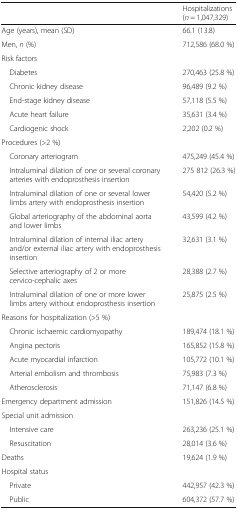
|  | Hospitalizations (n = 1,047,329) |
 | --- | --- |
 | Age (years), mean (SD) | 66.1 (13.8) |
 | Men, n (%) | 712,586 (68.0 %) |
 | <COLSPAN=2> Risk factors |
 | Diabetes | 270,463 (25.8 %) |
 | Chronic kidney disease | 96,489 (9.2 %) |
 | End-stage kidney disease | 57,118 (5.5 %) |
 | Acute heart failure | 35,631 (3.4 %) |
 | Cardiogenic shock | 2,202 (0.2 %) |
 | <COLSPAN=2> Procedures (>2 %) |
 | Coronary arteriogram | 475,249 (45.4 %) |
 | Intraluminal dilation of one or several coronary arteries with endoprosthesis insertion | 275 812 (26.3 %) |
 | Intraluminal dilation of one or several lower limbs artery with endoprosthesis insertion | 54,420 (5.2 %) |
 | Global arteriography of the abdominal aorta and lower limbs | 43,599 (4.2 %) |
 | Intraluminal dilation of internal iliac artery and/or external iliac artery with endoprosthesis insertion | 32,631 (3.1 %) |
 | Selective arteriography of 2 or more cervico-cephalic axes | 28,388 (2.7 %) |
 | Intraluminal dilation of one or more lower limbs artery without endoprosthesis insertion | 25,875 (2.5 %) |
 | <COLSPAN=2> Reasons for hospitalization (>5 %) |
 | Chronic ischaemic cardiomyopathy | 189,474 (18.1 %) |
 | Angina pectoris | 165,852 (15.8 %) |
 | Acute myocardial infarction | 105,772 (10.1 %) |
 | Arterial embolism and thrombosis | 75,983 (7.3 %) |
 | Atherosclerosis | 71,147 (6.8 %) |
 | Emergency department admission | 151,826 (14.5 %) |
 | Special unit admission |  |
 | Intensive care | 263,236 (25.1 %) |
 | Resuscitation | 28,014 (3.6 %) |
 | Deaths | 19,624 (1.9 %) |
 | <COLSPAN=2> Hospital status |
 | Private | 442,957 (42.3 %) |
 | Public | 604,372 (57.7 %) |